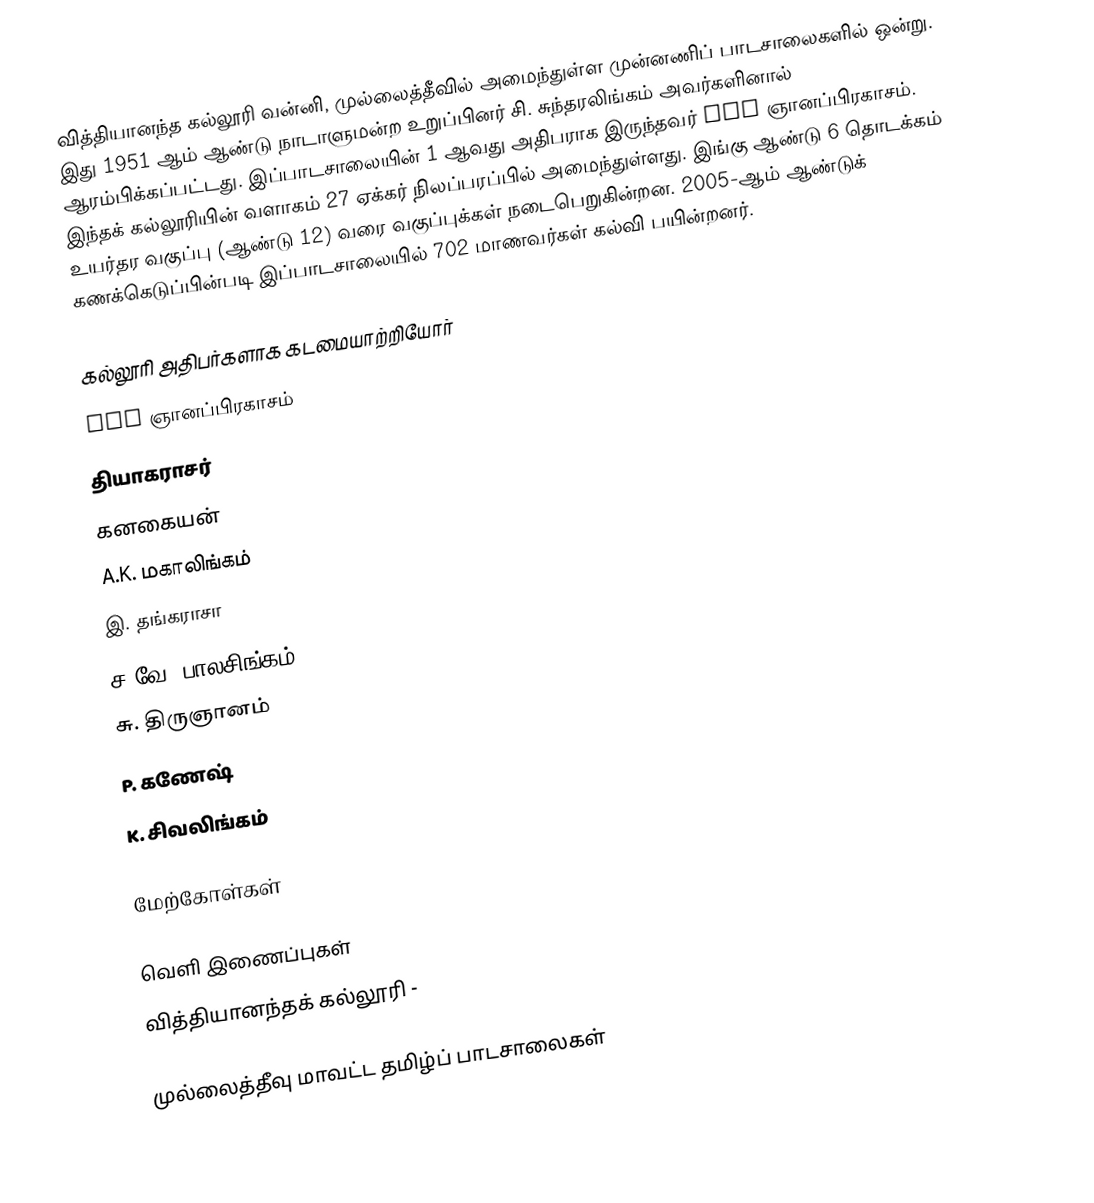
வித்தியானந்த கல்லூரி வன்னி, முல்லைத்தீவில் அமைந்துள்ள முன்னணிப் பாடசாலைகளில் ஒன்று. இது 1951 ஆம் ஆண்டு நாடாளுமன்ற உறுப்பினர் சி. சுந்தரலிங்கம் அவர்களினால் ஆரம்பிக்கப்பட்டது. இப்பாடசாலையின் 1 ஆவது அதிபராக இருந்தவர் AFK ஞானப்பிரகாசம். இந்தக் கல்லூரியின் வளாகம் 27 ஏக்கர் நிலப்பரப்பில் அமைந்துள்ளது. இங்கு ஆண்டு 6 தொடக்கம் உயர்தர வகுப்பு (ஆண்டு 12) வரை வகுப்புக்கள் நடைபெறுகின்றன. 2005-ஆம் ஆண்டுக் கணக்கெடுப்பின்படி இப்பாடசாலையில் 702 மாணவர்கள் கல்வி பயின்றனர்.

கல்லூரி அதிபர்களாக கடமையாற்றியோர்
 AFK ஞானப்பிரகாசம்
 தியாகராசர்
 கனகையன்
 A.K. மகாலிங்கம்
 இ. தங்கராசா
 ச.வே. பாலசிங்கம்
 சு. திருஞானம்
 P. கணேஷ்
 K. சிவலிங்கம்

மேற்கோள்கள்

வெளி இணைப்புகள்
 வித்தியானந்தக் கல்லூரி  -

முல்லைத்தீவு மாவட்ட தமிழ்ப் பாடசாலைகள்